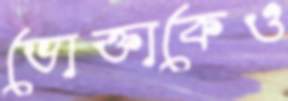
ভোক্তাকেও